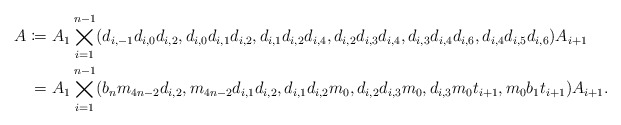
\begin{align*} A\coloneqq\ & A_1\bigtimes_{i=1}^{n-1}(d_{i,-1}d_{i,0}d_{i,2},d_{i,0}d_{i,1}d_{i,2},d_{i,1}d_{i,2}d_{i,4},d_{i,2}d_{i,3}d_{i,4},d_{i,3}d_{i,4}d_{i,6},d_{i,4}d_{i,5}d_{i,6})A_{i+1}\\ =\ &A_1\bigtimes_{i=1}^{n-1}(b_nm_{4n-2}d_{i,2},m_{4n-2}d_{i,1}d_{i,2},d_{i,1}d_{i,2}m_0,d_{i,2}d_{i,3}m_0,d_{i,3}m_0t_{i+1},m_0b_1t_{i+1})A_{i+1}.\end{align*}